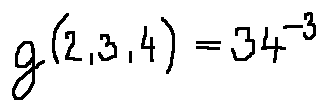
g ( 2 , 3 , 4 ) = 3 4 ^ { - 3 }